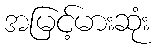
အမြင့်မားဆုံး